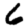
Digit: 6